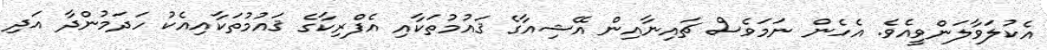
އެކުލަވާލަންވީއެވެ. އެހެން ނަމަވެސް ޗައިނާއިން އޭޝިއާގެ ޤައުމުތަކާއި އެފްރިކާގެ ޤައުމުތަކާއިއެކު ހަދަމުންދާ އަދި